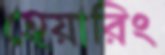
হেয়ারিং